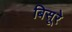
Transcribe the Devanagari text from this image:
बिसूरे